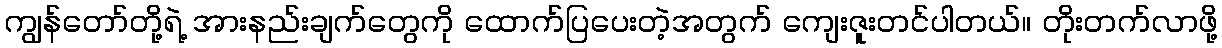
ကျွန်တော်တို့ရဲ့ အားနည်းချက်တွေကို ထောက်ပြပေးတဲ့အတွက် ကျေးဇူးတင်ပါတယ်။ တိုးတက်လာဖို့